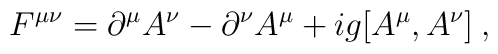
F^{\mu\nu}= \partial^{\mu} A^{\nu} - \partial^{\nu} A^{\mu}+ ig[A^{\mu},A^{\nu}] \> ,